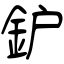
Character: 鈩